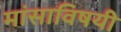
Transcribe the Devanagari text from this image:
मांसाविषयी